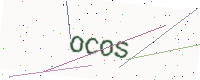
Text: OCOS